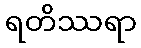
ရတိဿရာ